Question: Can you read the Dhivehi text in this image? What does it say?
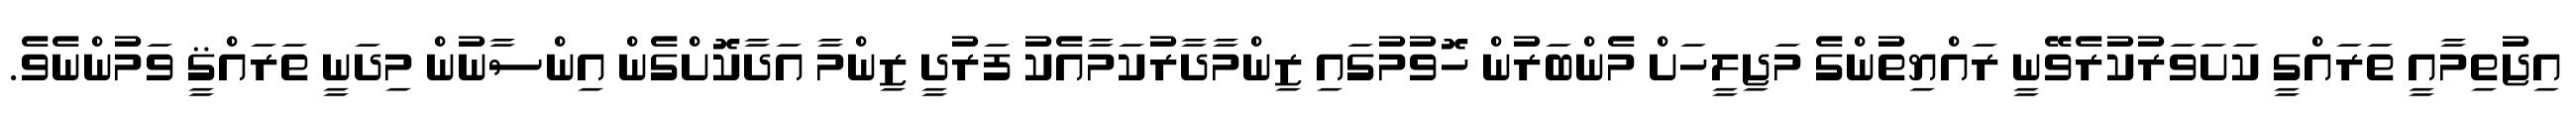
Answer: އިޖުތިމާއީ ތަރައްގީ ކަށަވަރުކުރެވޭނީ ރައްޔިތުންގެ މަޖިލީހަށް މެންބަރުން ހޮވުމުގައި ޒިންމާދާރުކަމާއެކު ފަރުދީ ޒިންމާ އަދާކޮށްގެން އިންސާނުން މިދަނީ ތަރައްޤީ ވަމުންނެވެ.